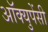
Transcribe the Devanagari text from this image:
अॉक्युपेंसी